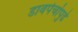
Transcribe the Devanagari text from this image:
डावपेचांपुढे